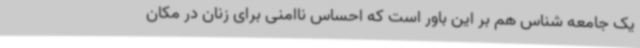
یک جامعه شناس هم بر این باور است که احساس ناامنی برای زنان در مکان